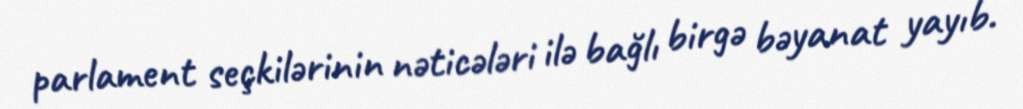
parlament seçkilərinin nəticələri ilə bağlı birgə bəyanat yayıb.